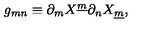
g _ { m n } \equiv \partial _ { m } X ^ { \underline { { m } } } \partial _ { n } X _ { \underline { { m } } } ,